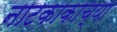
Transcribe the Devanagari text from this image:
नाटकाकाच्या